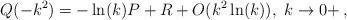
LaTeX: \begin{align*}Q(-k^2) = -\ln(k)P + R + O(k^2\ln(k)),~k\rightarrow 0+\,,\end{align*}